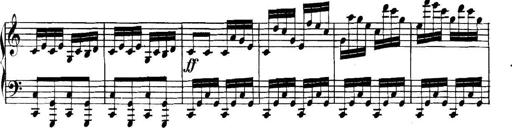
Title: Collected Piano Sonatas
Composer: Muzio Clementi